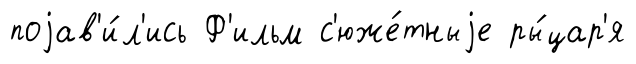
поjав'и́л'ись Ф'ильм с'юже́тныjе ры́цар'я